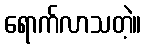
ရောက်လာသတဲ့။